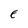
Character: E